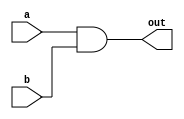
module top_module( 
    input a, 
    input b, 
    output out );
  
    always@(a,b) out = a&b;

endmodule